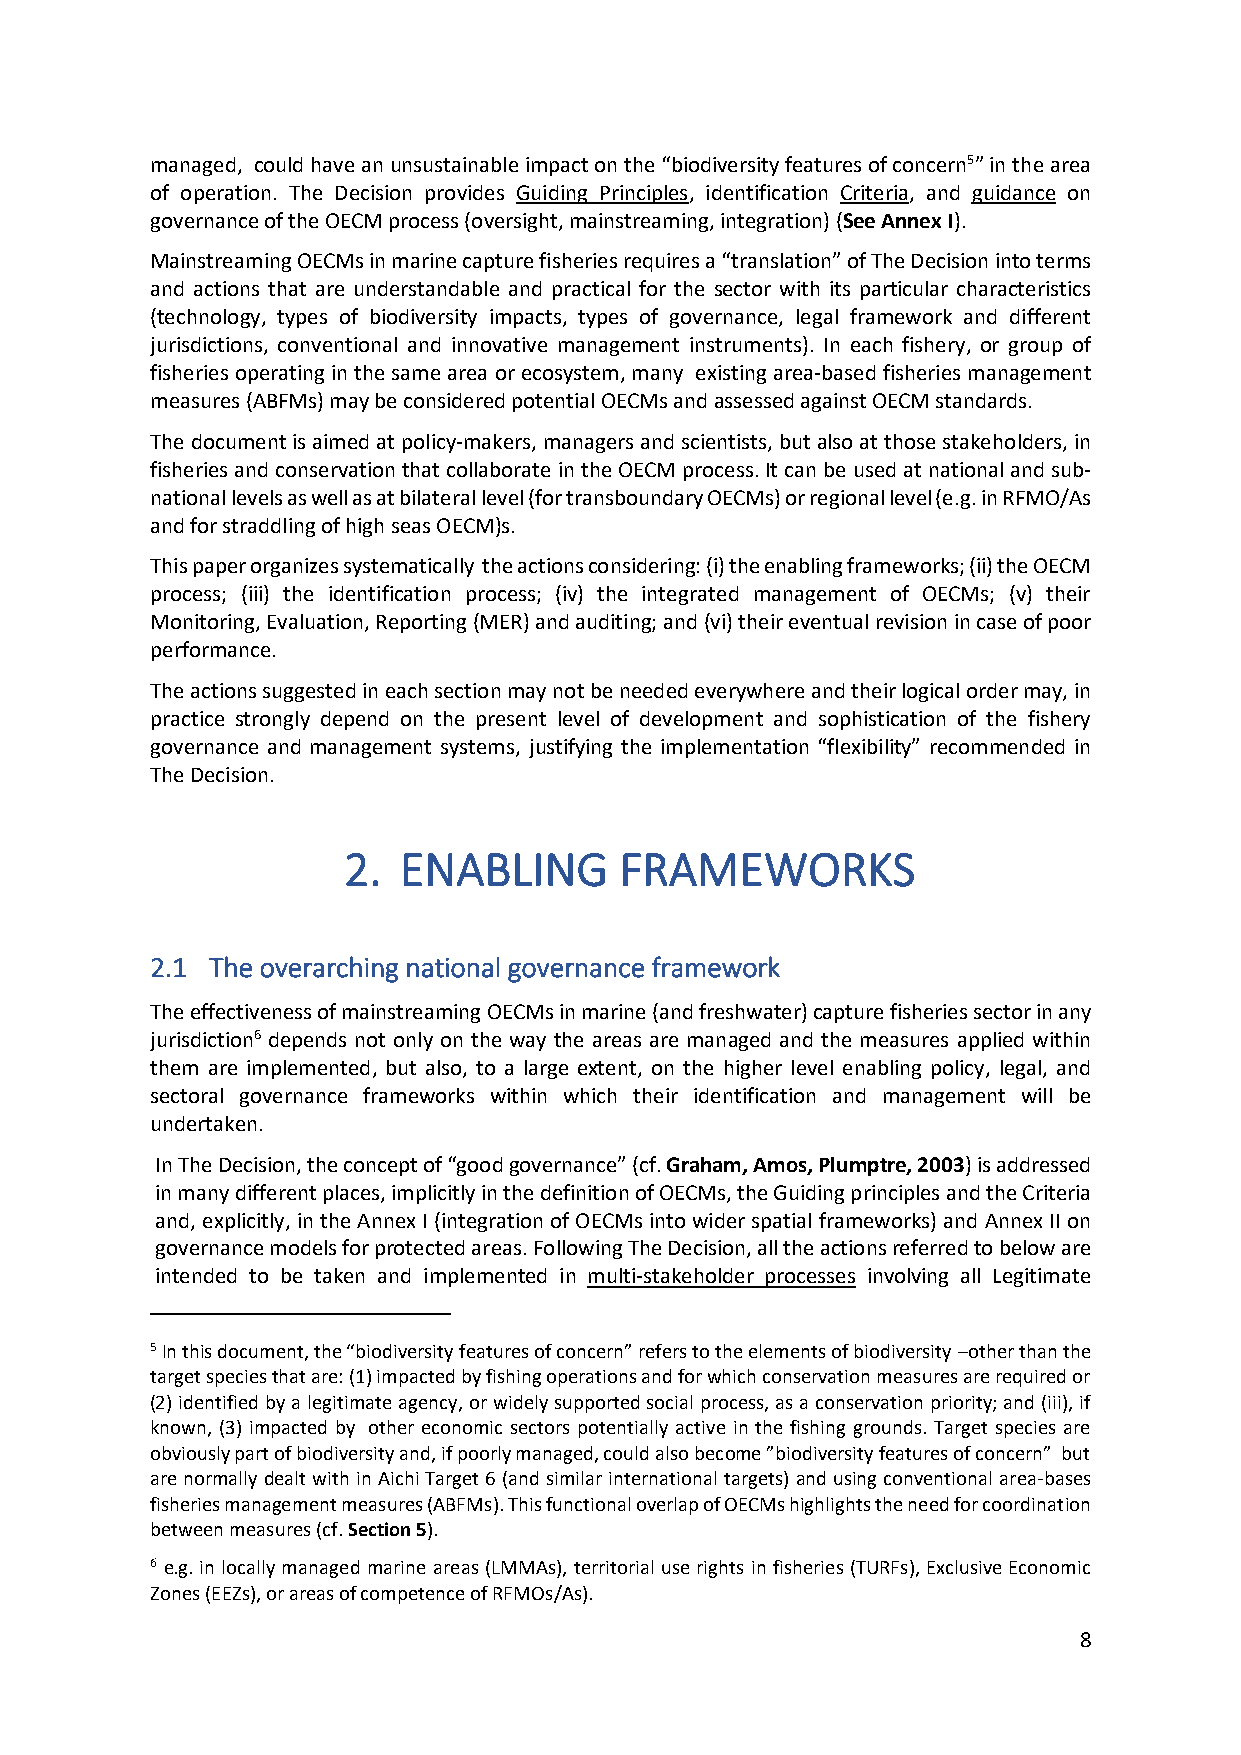
managed, could have an unsustainable impact on the “biodiversity features of concern5” in the area
 of operation. The Decision provides Guiding Principles, identification Criteria, and guidance on
 governance of the OECM process (oversight, mainstreaming, integration) (See Annex I).
 Mainstreaming OECMs in marine capture fisheries requires a “translation” of The Decision into terms
 and actions that are understandable and practical for the sector with its particular characteristics
 (technology, types of biodiversity impacts, types of governance, legal framework and different
 jurisdictions, conventional and innovative management instruments). In each fishery, or group of
 fisheries operating in the same area or ecosystem, many existing area-based fisheries management
 measures (ABFMs) may be considered potential OECMs and assessed against OECM standards.
 The document is aimed at policy-makers, managers and scientists, but also at those stakeholders, in
 fisheries and conservation that collaborate in the OECM process. It can be used at national and sub-
 national levels as well as at bilateral level (for transboundary OECMs) or regional level (e.g. in RFMO/As
 and for straddling of high seas OECM)s.
 This paper organizes systematically the actions considering: (i) the enabling frameworks; (ii) the OECM
 process; (iii) the identification process; (iv) the integrated management of OECMs; (v) their
 Monitoring, Evaluation, Reporting (MER) and auditing; and (vi) their eventual revision in case of poor
 performance.
 The actions suggested in each section may not be needed everywhere and their logical order may, in
 practice strongly depend on the present level of development and sophistication of the fishery
 governance and management systems, justifying the implementation “flexibility” recommended in
 The Decision.
 2. ENABLING       FRAMEWORKS
 2.1 The overarching national governance framework
 The effectiveness of mainstreaming OECMs in marine (and freshwater) capture fisheries sector in any
 jurisdiction6 depends not only on the way the areas are managed and the measures applied within
 them are implemented, but also, to a large extent, on the higher level enabling policy, legal, and
 sectoral governance frameworks within which their identification and management will be
 undertaken.
 In The Decision, the concept of “good governance” (cf. Graham, Amos, Plumptre, 2003) is addressed
 in many different places, implicitly in the definition of OECMs, the Guiding principles and the Criteria
 and, explicitly, in the Annex I (integration of OECMs into wider spatial frameworks) and Annex II on
 governance models for protected areas. Following The Decision, all the actions referred to below are
 intended to be taken and implemented in multi-stakeholder processes involving all Legitimate
 5 In this document, the “biodiversity features of concern” refers to the elements of biodiversity –other than the
 target species that are: (1) impacted by fishing operations and for which conservation measures are required or
 (2) identified by a legitimate agency, or widely supported social process, as a conservation priority; and (iii), if
 known, (3) impacted by other economic sectors potentially active in the fishing grounds. Target species are
 obviously part of biodiversity and, if poorly managed, could also become ”biodiversity features of concern” but
 are normally dealt with in Aichi Target 6 (and similar international targets) and using conventional area-bases
 fisheries management measures (ABFMs). This functional overlap of OECMs highlights the need for coordination
 between measures (cf. Section 5).
 6 e.g. in locally managed marine areas (LMMAs), territorial use rights in fisheries (TURFs), Exclusive Economic
 Zones (EEZs), or areas of competence of RFMOs/As).
 8